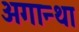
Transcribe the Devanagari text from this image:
अगान्था